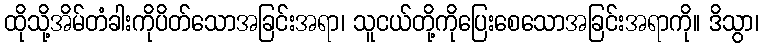
ထိုသို့အိမ်တံခါးကိုပိတ်သောအခြင်းအရာ၊ သူငယ်တို့ကိုပြေးစေသောအခြင်းအရာကို။ ဒိသွာ၊